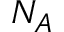
N _ { A }